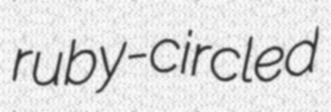
ruby-circled